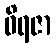
ဝိရဇာ